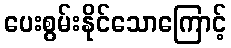
ပေးစွမ်းနိုင်သောကြောင့်